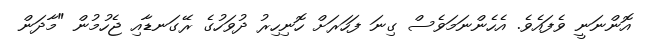
އޮންނަނީ ވެފައެވެ. އެހެންނަމަވެސް ގިނަ ފަހަރަށް ހޮނިހިރު ދުވަހުގެ ރޭގަނޑާއި ޖެހުމުން "މާދަން